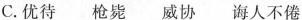
C.优待 枪毙 威协 诲人不倦